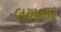
લખનાર